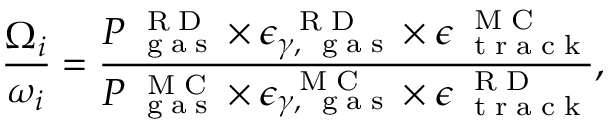
\frac { { \Omega } _ { i } } { \omega _ { i } } = \frac { P _ { \mathrm { ~ \tiny ~ g ~ a ~ s ~ } } ^ { \mathrm { ~ \tiny ~ R ~ D ~ } } \times \epsilon _ { \gamma , \mathrm { ~ \tiny ~ g ~ a ~ s ~ } } ^ { \mathrm { ~ \tiny ~ R ~ D ~ } } \times \epsilon _ { \mathrm { ~ \tiny ~ t ~ r ~ a ~ c ~ k ~ } } ^ { \mathrm { ~ \tiny ~ M ~ C ~ } } } { P _ { \mathrm { ~ \tiny ~ g ~ a ~ s ~ } } ^ { \mathrm { ~ \tiny ~ M ~ C ~ } } \times \epsilon _ { \gamma , \mathrm { ~ \tiny ~ g ~ a ~ s ~ } } ^ { \mathrm { ~ \tiny ~ M ~ C ~ } } \times \epsilon _ { \mathrm { ~ \tiny ~ t ~ r ~ a ~ c ~ k ~ } } ^ { \mathrm { ~ \tiny ~ R ~ D ~ } } } ,